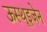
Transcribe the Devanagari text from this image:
ऊस्थूइजेन